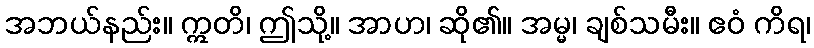
အဘယ်နည်း။ ဣတိ၊ ဤသို့။ အာဟ၊ ဆို၏။ အမ္မ၊ ချစ်သမီး။ ဧဝံ ကိရ၊